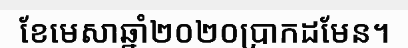
ខែមេសាឆ្នាំ២០២០ប្រាកដមែន។